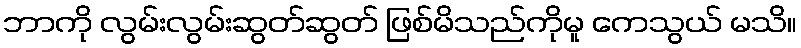
ဘာကို လွမ်းလွမ်းဆွတ်ဆွတ် ဖြစ်မိသည်ကိုမူ ကေသွယ် မသိ။